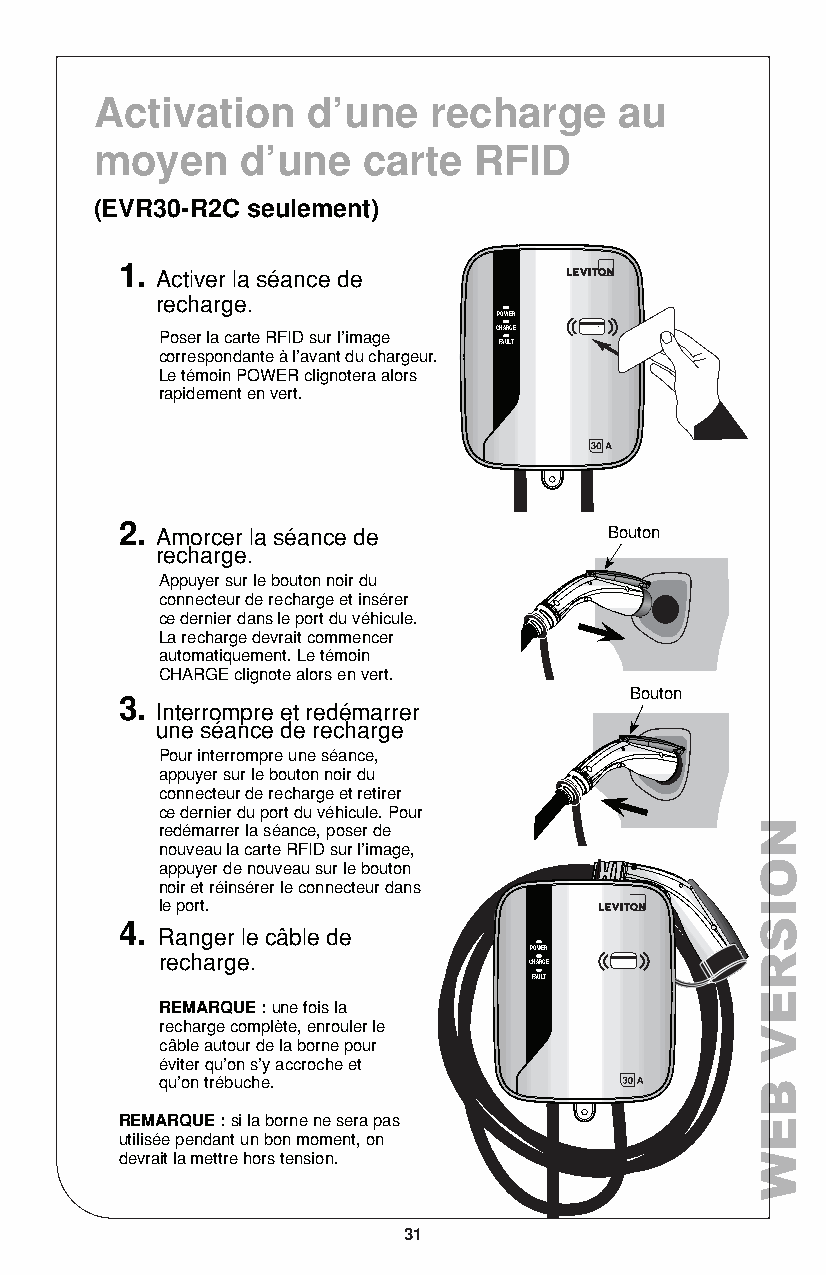
Activation    d’une   recharge     au
 moyen     d’une   carte  RFID
 (EVR30-R2C seulement)
 1.
 Activer la séance de
 recharge.
 POWER
 Poser la carte RFID sur l’image CHARGE
 FAULT
 correspondante à l’avant du chargeur.
 Le témoin POWER clignotera alors
 rapidement en vert.
 2. Amorcer la séance de         Bouton
 recharge.
 Appuyer sur le bouton noir du
 connecteur de recharge et insérer
 ce dernier dans le port du véhicule.
 La recharge devrait commencer
 automatiquement. Le témoin
 CHARGE clignote alors en vert.
 Bouton
 3.
 Interrompre et redémarrer
 une séance de recharge
 P our interrompre une séance,
 appuyer sur le bouton noir du
 connecteur de recharge et retirer
 ce dernier du port du véhicule. Pour
 redémarrer la séance, poser de
 nouveau la carte RFID sur l’image,
 appuyer de nouveau sur le bouton
 noir et réinsérer le connecteur dans
 le port.
 4.
 Ranger le câble de
 POWER
 recharge.
 CHARGE
 FAULT
 REMARQUE : une fois la
 recharge complète, enrouler le
 câble autour de la borne pour
 éviter qu’on s’y accroche et
 qu’on trébuche.
 REMARQUE : si la borne ne sera pas
 utilisée pendant un bon moment, on
 devrait la mettre hors tension.
 31
 NOISREV
 BEW